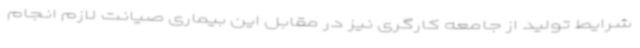
شرایط تولید از جامعه کارگری نیز در مقابل این بیماری صیانت لازم انجام